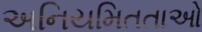
અનિયમિતતાઓ